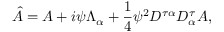
\hat { A } = A + i \psi \Lambda _ { \alpha } + \frac { 1 } { 4 } \psi ^ { 2 } { D ^ { \tau \alpha } D _ { \alpha } ^ { \tau } } A ,